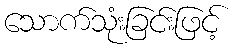
သောက်သုံးခြင်းဖြင့်